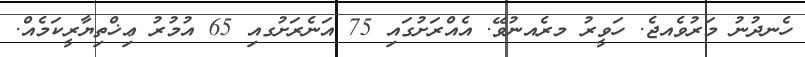
ހެނދުނު މަރުވެއޖެ. ހަވީރު މރެއނުވޭ. އެއްރަށުގައި 75 އަނެރަށުގއި 65 އުމުރު ޢިޚްތިޔާރީކަމެއް.